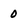
Character: 0